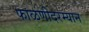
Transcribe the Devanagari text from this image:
फाळणीदरम्यान